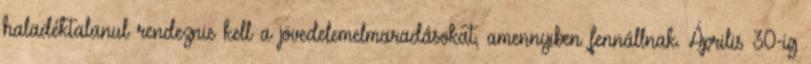
haladéktalanul rendeznie kell a jövedelemelmaradásokat, amennyiben fennállnak. Április 30-ig